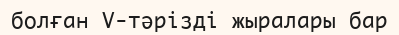
болған V-тәрізді жыралары бар